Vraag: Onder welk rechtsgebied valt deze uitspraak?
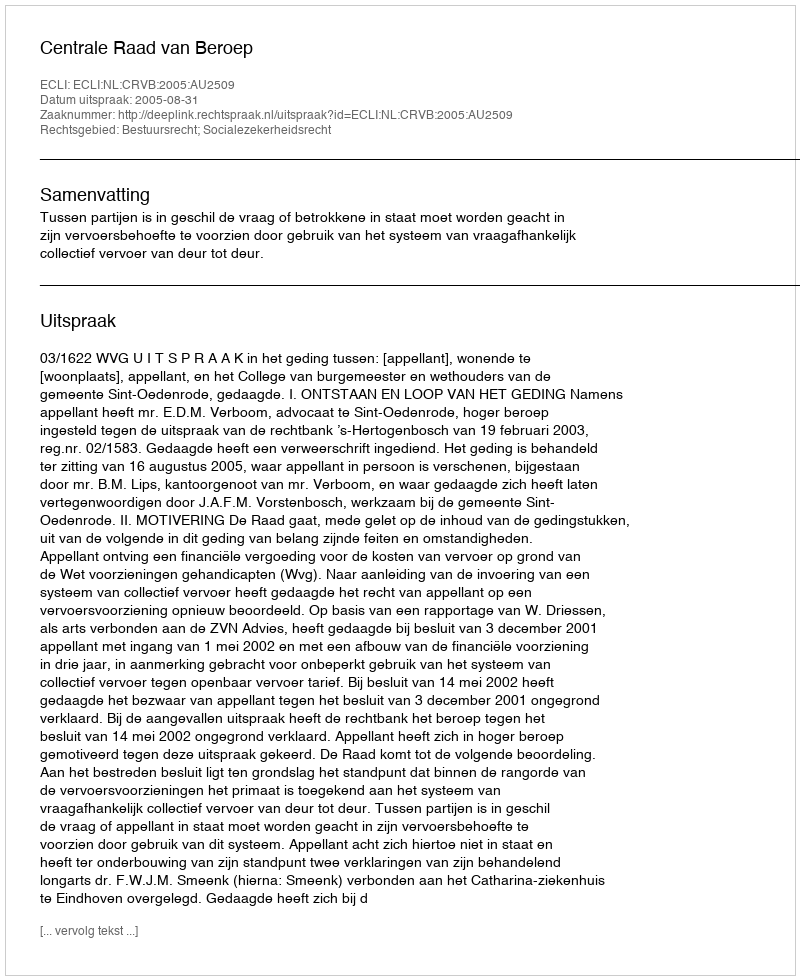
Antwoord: Bestuursrecht; Socialezekerheidsrecht